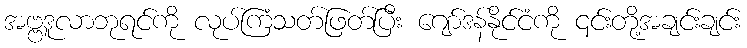
အဗ္ဗဒူလာဘုရင်ကို လုပ်ကြံသတ်ဖြတ်ပြီး ဂျော်ဒန်နိုင်ငံကို ၎င်းတို့အချင်းချင်း